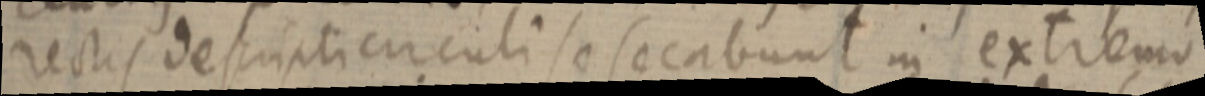
rectis descripti circuli se secabunt in extremo